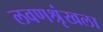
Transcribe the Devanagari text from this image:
लवणश्रृंखला